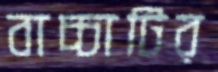
বাচ্চাটির